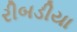
રીબડીયા